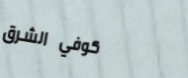
كوفي الشرق